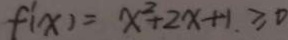
f ^ { \prime } ( x ) = x ^ { 2 } + 2 x + 1 . \geq 0